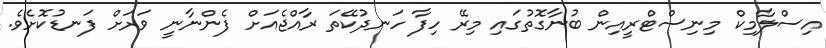
އިސްލާމިކް މިނިސްޓްރީއިން ބުނާގޮތުގައި މިރޭ ހިފާ ހަނދުކޭތަ ރާއްޖެއަށް ފެންނާނީ ވަރަށް ފަނޑުކޮށެވެ.